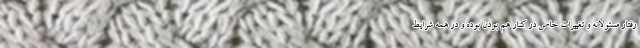
رفتار مسئولانه و تغییرات خاص در کنار هم بودن بوده و در همه شرایط